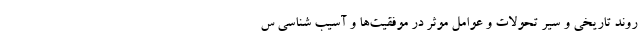
روند تاریخی و سیر تحولات و عوامل موثر در موفقیت‌ها و آسیب شناسی س